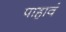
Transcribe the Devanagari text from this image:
पाहावं